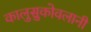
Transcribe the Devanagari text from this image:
कालुसुकोवलानी